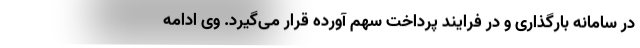
در سامانه بارگذاری و در فرایند پرداخت سهم آورده قرار می‌گیرد. وی ادامه